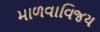
માળવાવિજય